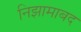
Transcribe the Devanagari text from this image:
निझामाबद